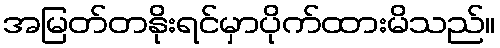
အမြတ်တနိုးရင်မှာပိုက်ထားမိသည်။